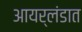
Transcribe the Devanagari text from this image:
आयर्लंडात